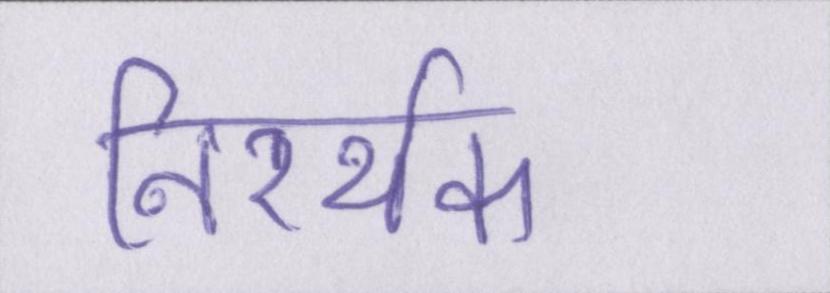
निरर्थक